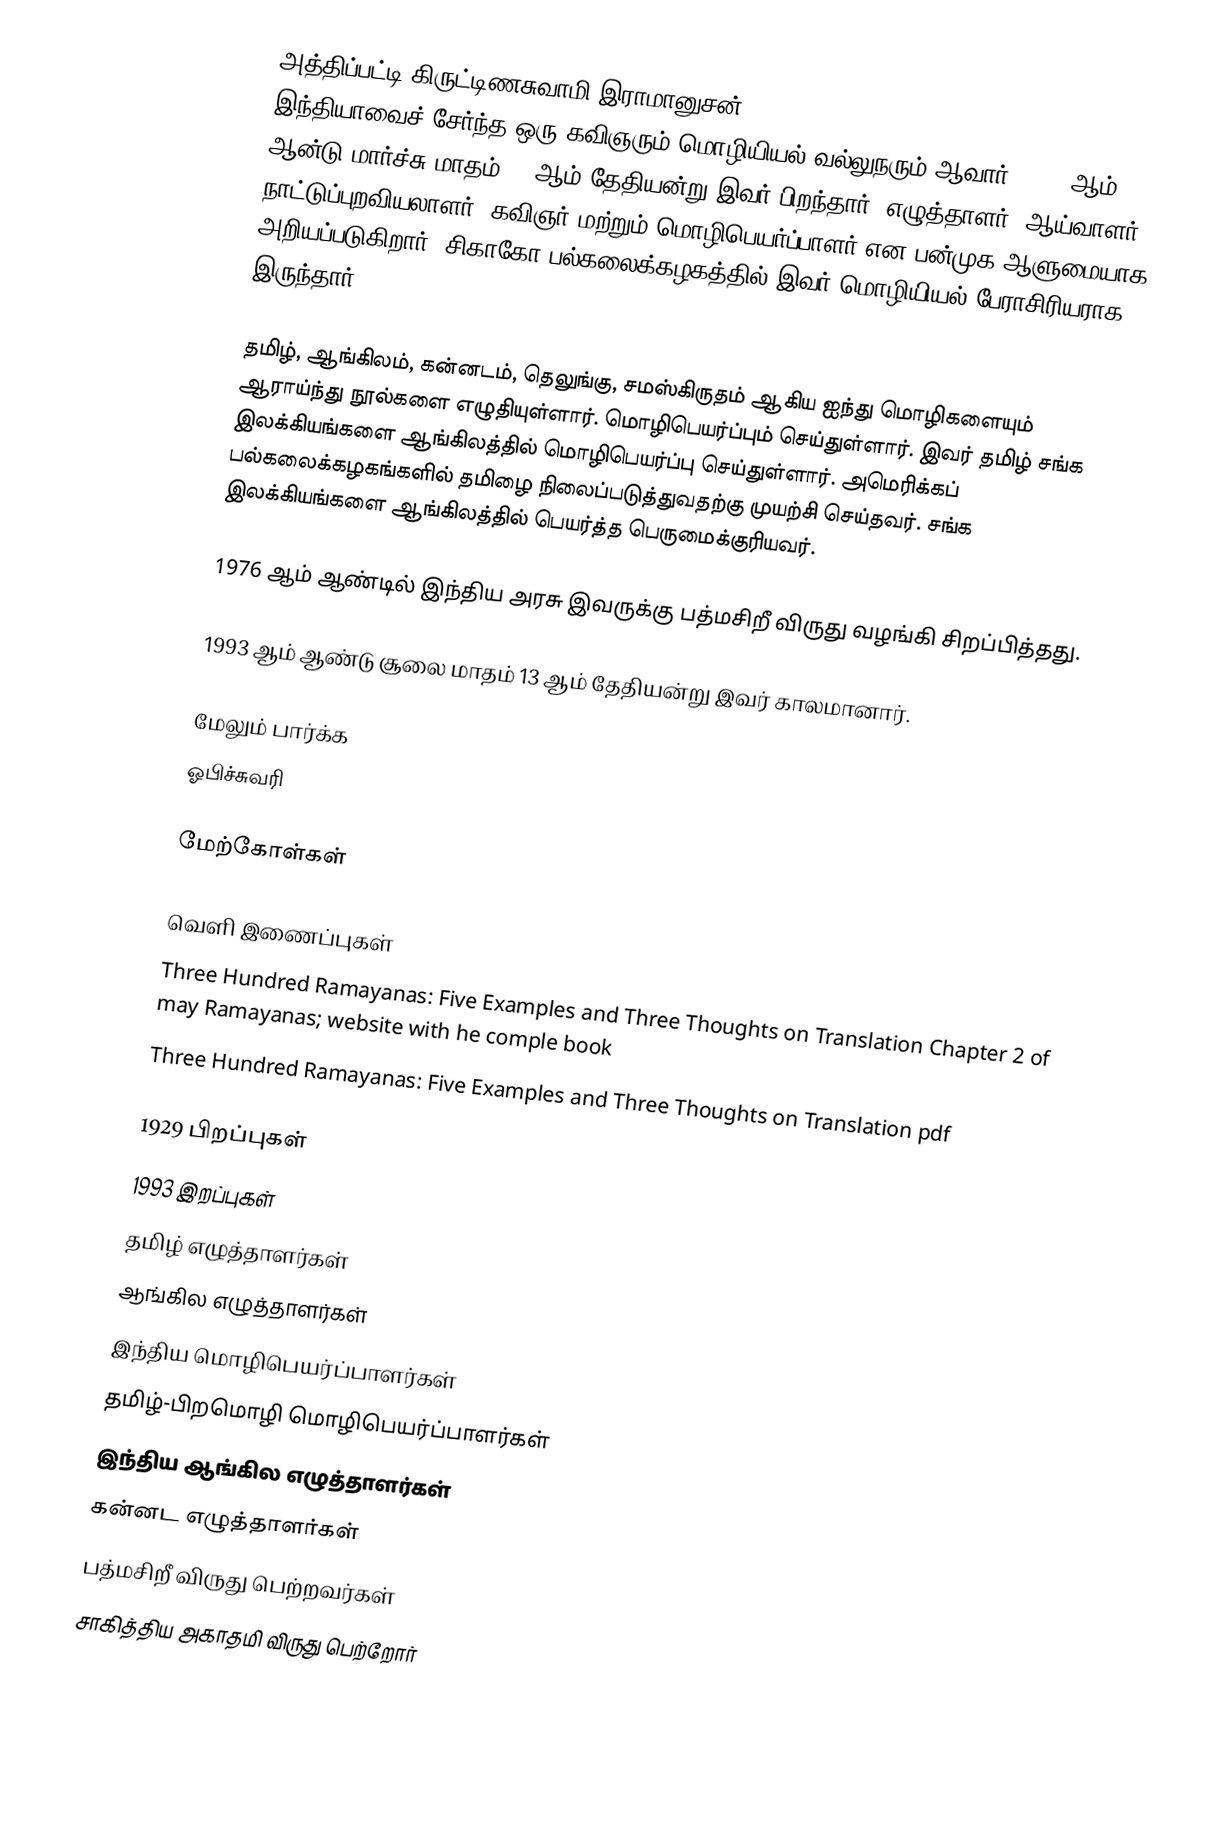
அத்திப்பட்டி கிருட்டிணசுவாமி இராமானுசன் (Attipate Krishnaswami Ramanujan) இந்தியாவைச் சேர்ந்த ஒரு கவிஞரும் மொழியியல் வல்லுநரும் ஆவார். 1929 ஆம் ஆன்டு மார்ச்சு மாதம் 16 ஆம் தேதியன்று இவர் பிறந்தார். எழுத்தாளர், ஆய்வாளர், நாட்டுப்புறவியலாளர், கவிஞர் மற்றும் மொழிபெயர்ப்பாளர் என பன்முக ஆளுமையாக அறியப்படுகிறார். சிகாகோ பல்கலைக்கழகத்தில் இவர் மொழியியல் பேராசிரியராக இருந்தார்.

தமிழ், ஆங்கிலம், கன்னடம், தெலுங்கு, சமஸ்கிருதம் ஆகிய ஐந்து மொழிகளையும் ஆராய்ந்து நூல்களை எழுதியுள்ளார். மொழிபெயர்ப்பும் செய்துள்ளார். இவர் தமிழ் சங்க இலக்கியங்களை ஆங்கிலத்தில் மொழிபெயர்ப்பு செய்துள்ளார். அமெரிக்கப் பல்கலைக்கழகங்களில் தமிழை நிலைப்படுத்துவதற்கு முயற்சி செய்தவர். சங்க இலக்கியங்களை ஆங்கிலத்தில் பெயர்த்த பெருமைக்குரியவர்.

1976 ஆம் ஆண்டில் இந்திய அரசு இவருக்கு பத்மசிறீ விருது வழங்கி சிறப்பித்தது.

1993 ஆம் ஆண்டு சூலை மாதம் 13 ஆம் தேதியன்று இவர் காலமானார்.

மேலும் பார்க்க
ஓபிச்சுவரி

மேற்கோள்கள்

வெளி இணைப்புகள்
 Three Hundred Ramayanas: Five Examples and Three Thoughts on Translation Chapter 2 of may Ramayanas; website with he comple book
 Three Hundred Ramayanas: Five Examples and Three Thoughts on Translation pdf

1929 பிறப்புகள்
1993 இறப்புகள்
தமிழ் எழுத்தாளர்கள்
ஆங்கில எழுத்தாளர்கள்
இந்திய மொழிபெயர்ப்பாளர்கள்
தமிழ்-பிறமொழி மொழிபெயர்ப்பாளர்கள்
இந்திய ஆங்கில எழுத்தாளர்கள்
கன்னட எழுத்தாளர்கள்
பத்மசிறீ விருது பெற்றவர்கள்
சாகித்திய அகாதமி விருது பெற்றோர்